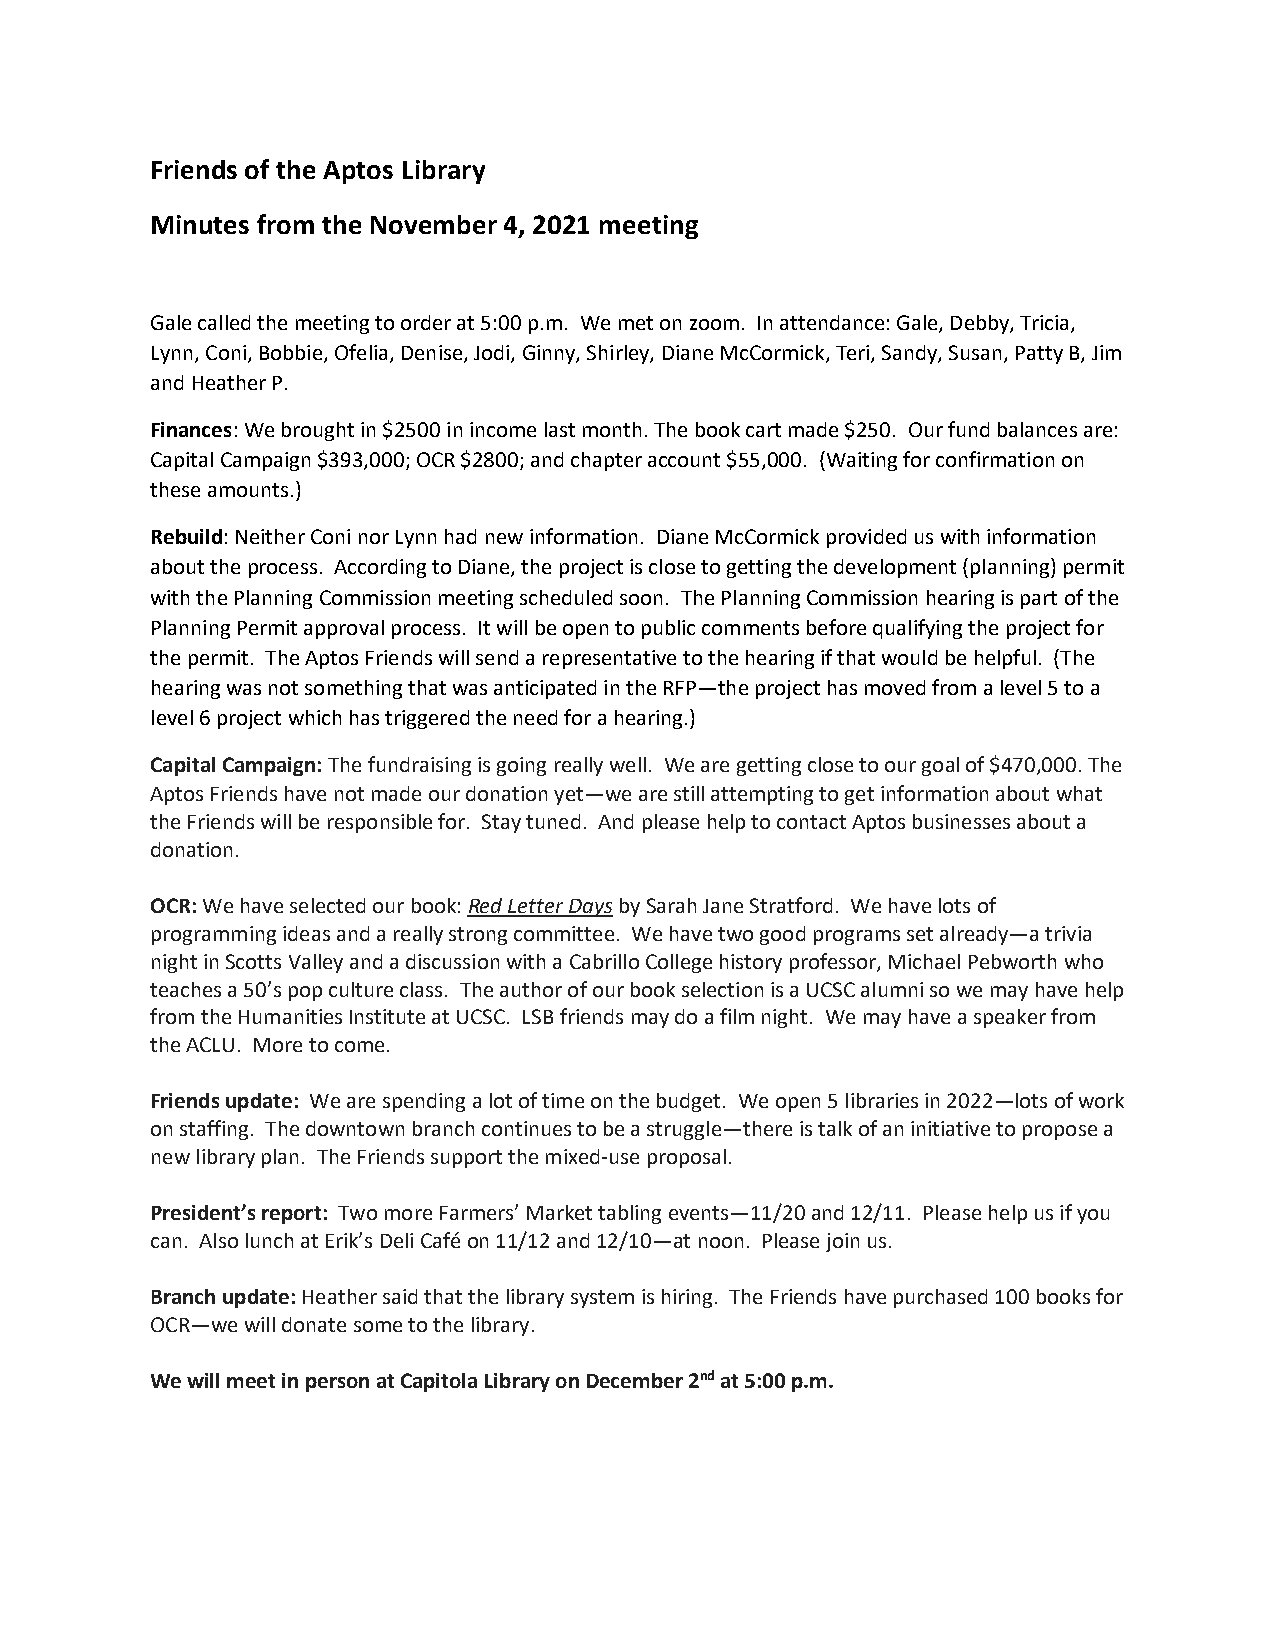
Friends of the Aptos Library
 Minutes from the November 4, 2021 meeting
 Gale called the meeting to order at 5:00 p.m. We met on zoom. In attendance: Gale, Debby, Tricia,
 Lynn, Coni, Bobbie, Ofelia, Denise, Jodi, Ginny, Shirley, Diane McCormick, Teri, Sandy, Susan, Patty B, Jim
 and Heather P.
 Finances: We brought in $2500 in income last month. The book cart made $250. Our fund balances are:
 Capital Campaign $393,000; OCR $2800; and chapter account $55,000. (Waiting for confirmation on
 these amounts.)
 Rebuild: Neither Coni nor Lynn had new information. Diane McCormick provided us with information
 about the process. According to Diane, the project is close to getting the development (planning) permit
 with the Planning Commission meeting scheduled soon. The Planning Commission hearing is part of the
 Planning Permit approval process. It will be open to public comments before qualifying the project for
 the permit. The Aptos Friends will send a representative to the hearing if that would be helpful. (The
 hearing was not something that was anticipated in the RFP—the project has moved from a level 5 to a
 level 6 project which has triggered the need for a hearing.)
 Capital Campaign: The fundraising is going really well. We are getting close to our goal of $470,000. The
 Aptos Friends have not made our donation yet—we are still attempting to get information about what
 the Friends will be responsible for. Stay tuned. And please help to contact Aptos businesses about a
 donation.
 OCR: We have selected our book: Red Letter Days by Sarah Jane Stratford. We have lots of
 programming ideas and a really strong committee. We have two good programs set already—a trivia
 night in Scotts Valley and a discussion with a Cabrillo College history professor, Michael Pebworth who
 teaches a 50’s pop culture class. The author of our book selection is a UCSC alumni so we may have help
 from the Humanities Institute at UCSC. LSB friends may do a film night. We may have a speaker from
 the ACLU. More to come.
 Friends update: We are spending a lot of time on the budget. We open 5 libraries in 2022—lots of work
 on staffing. The downtown branch continues to be a struggle—there is talk of an initiative to propose a
 new library plan. The Friends support the mixed-use proposal.
 President’s report: Two more Farmers’ Market tabling events—11/20 and 12/11. Please help us if you
 can. Also lunch at Erik’s Deli Café on 11/12 and 12/10—at noon. Please join us.
 Branch update: Heather said that the library system is hiring. The Friends have purchased 100 books for
 OCR—we will donate some to the library.
 We will meet in person at Capitola Library on December 2nd at 5:00 p.m.